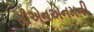
સીએનએનમની